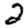
Digit: 2